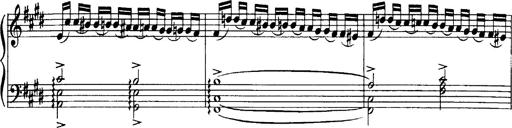
Title: OuvertÃ¼re zu TannhÃ¤user
Composer: Franz Liszt